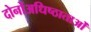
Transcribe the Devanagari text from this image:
दोनोंअधिष्ठाताओं